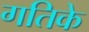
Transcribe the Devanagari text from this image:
गतिके